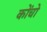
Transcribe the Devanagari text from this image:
कोंचो